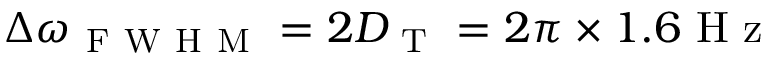
\Delta \omega _ { \mathrm { ~ F ~ W ~ H ~ M ~ } } = 2 D _ { \mathrm { ~ T ~ } } = 2 \pi \times 1 . 6 \mathrm { ~ H ~ z ~ }